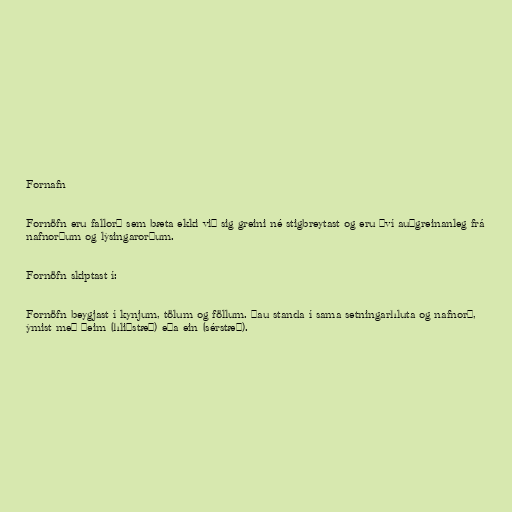
Fornafn

Fornöfn eru fallorð sem bæta ekki við sig greini né stigbreytast og eru því auðgreinanleg frá
nafnorðum og lýsingarorðum.

Fornöfn skiptast í:

Fornöfn beygjast í kynjum, tölum og föllum. Þau standa í sama setningarhluta og nafnorð,
ýmist með þeim (hliðstæð) eða ein (sérstæð).